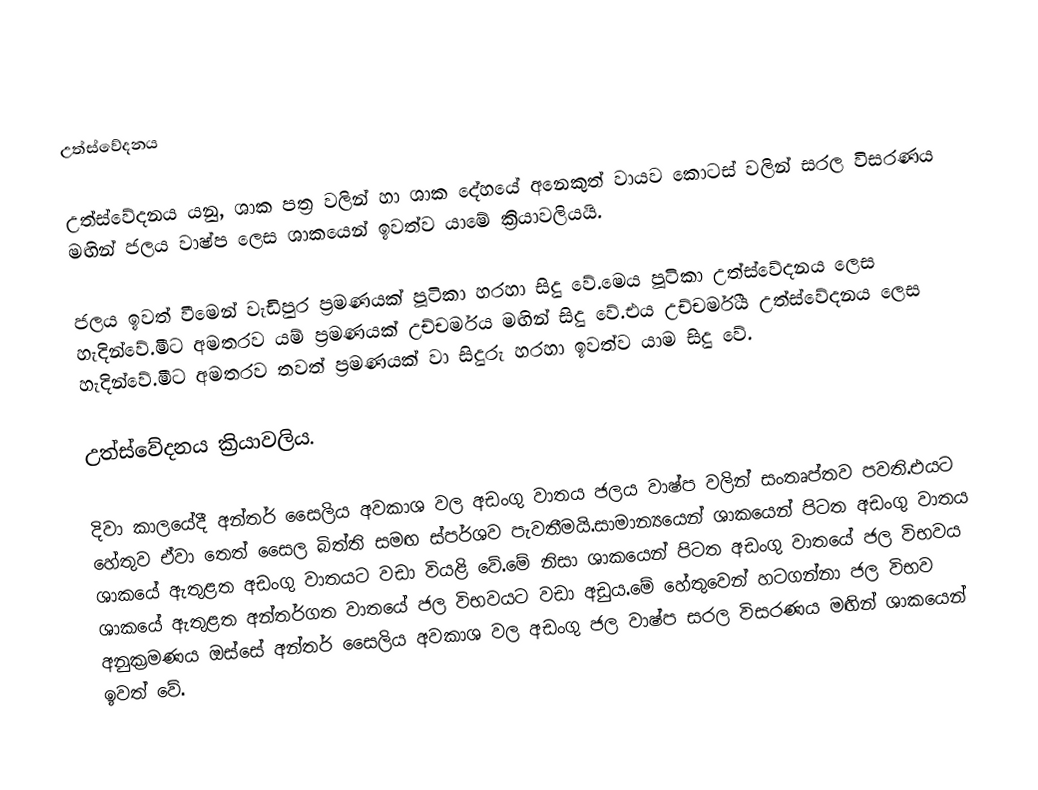

උත්ස්වේදනය

උත්ස්වේදනය යනු, ශාක පත්‍ර වලින් හා ශාක දේහයේ අනෙකුත් වායව කොටස් වලින් සරල විසරණය මඟින් ජලය වාෂ්ප ලෙස ශාකයෙන් ඉවත්ව යාමේ ක්‍රියාවලියයි.

ජලය ඉවත් වීමෙන් වැඩිපුර ප්‍රමණයක් පූටිකා හරහා සිදු වේ.මෙය පූටිකා උත්ස්වේදනය ලෙස හැදින්වේ.මීට අමතරව යම් ප්‍රමණයක් උච්චර්මය මඟින් සිදු වේ.එය උච්චර්මීය උත්ස්වේදනය ලෙස හැදින්වේ.මීට අමතරව තවත් ප්‍රමණයක් වා සිදුරු හරහා ඉවත්ව යාම සිදු වේ.

උත්ස්වේදනය ක්‍රියාවලිය.

දිවා කාලයේදී අන්තර් සෛලිය අවකාශ වල අඩංගු වාතය ජලය වාෂ්ප වලින් සංතෘප්තව පවති.එයට හේතුව ඒවා තෙත් සෛල බිත්ති සමඟ ස්පර්ශව පැවතීමයි.සාමාන්‍යයෙන් ශාකයෙන් පිටත අඩංගු වාතය ශාකයේ ඇතුළත අඩංගු වාතයට වඩා වියළි වේ.මේ නිසා ශාකයෙන් පිටත අඩංගු වාතයේ ජල විභවය ශාකයේ ඇතුළත අන්තර්ගත වාතයේ ජල විභවයට වඩා අඩුය.මේ හේතුවෙන් හටගන්නා ජල විභව අනුක්‍රමණය ඔස්සේ අන්තර් සෛලිය අවකාශ වල අඩංගු ජල වාෂ්ප සරල විසරණය මඟින් ශාකයෙන් ඉවත් වේ.